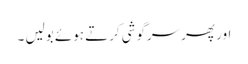
اور پھر سرگوشی کرتے ہوئے بولیں ۔